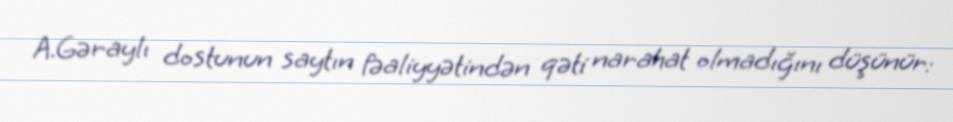
A.Gəraylı dostunun saytın fəaliyyətindən qəti narahat olmadığını düşünür: